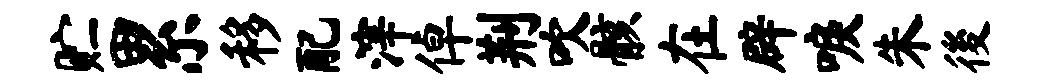
贮累移配滓倬荆吹骸在辟唳朱後